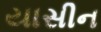
યાસીન